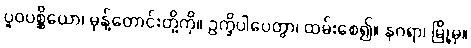
ပူဝပစ္ဆိယော၊ မုန့်တောင်းတို့ကို။ ဥက္ခိပါပေတွာ၊ ထမ်းစေ၍။ နဂရာ၊ မြို့မှ။